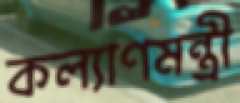
কল্যাণমন্ত্রী